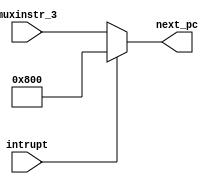
`timescale 1ns / 1ps
module NPC(
		input[31:0] muxinstr_3,
        input intrupt,
        output[31:0] next_pc
	);
    assign next_pc = intrupt ? 12'b1000_0000_0000 : muxinstr_3;
 endmodule